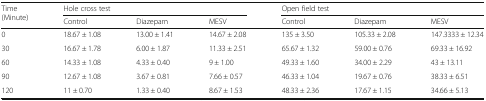
| <ROWSPAN=2> Time (Minute) | <COLSPAN=3> Hole cross test | <COLSPAN=3> Open field test |
 | Control | Diazepam | MESV | Control | Diazepam | MESV |
 | --- | --- | --- | --- | --- | --- | --- |
 | 0 | 18.67 ± 1.08 | 13.00 ± 1.41 | 14.67 ± 2.08 | 135 ± 3.50 | 105.33 ± 2.08 | 147.3333 ± 12.34 |
 | 30 | 16.67 ± 1.78 | 6.00 ± 1.87 | 11.33 ± 2.51 | 65.67 ± 1.32 | 59.00 ± 0.76 | 69.33 ± 16.92 |
 | 60 | 14.33 ± 1.08 | 4.33 ± 0.40 | 9 ± 1.00 | 49.33 ± 1.60 | 34.00 ± 2.29 | 43 ± 13.11 |
 | 90 | 12.67 ± 1.08 | 3.67 ± 0.81 | 7.66 ± 0.57 | 46.33 ± 1.04 | 19.67 ± 0.76 | 38.33 ± 6.51 |
 | 120 | 11 ± 0.70 | 1.33 ± 0.40 | 8.67 ± 1.53 | 48.33 ± 2.36 | 17.67 ± 1.15 | 34.66 ± 5.13 |